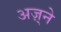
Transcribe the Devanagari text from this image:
अज़्ने